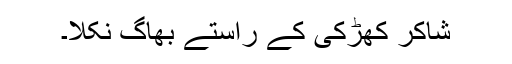
شاکر کھڑکی کے راستے بھاگ نکلا۔